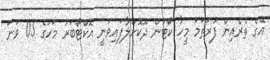
އޭގެ ތެރެއިން ފުރަތަމަ މީހާ ކޯޓުން ދޫކޮށްލާފައިވަނީ އޮކްޓޯބަރު މަހުގެ 05 ވަނަ